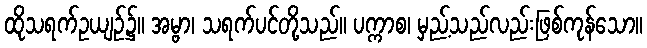
ထိုသရက်ဥယျဉ်၌။ အမ္ဗာ၊ သရက်ပင်တို့သည်။ ပက္ကာစ၊ မှည့်သည်လည်းဖြစ်ကုန်သော။